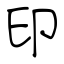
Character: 印